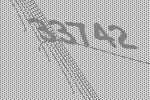
33742